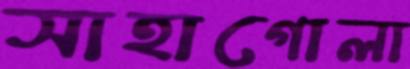
সাহাগোলা